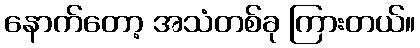
နောက်တော့ အသံတစ်ခု ကြားတယ်။